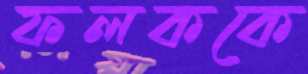
ফলককে